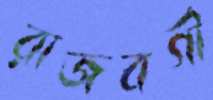
রাজবর্গী